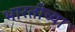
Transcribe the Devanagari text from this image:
भारतीच्या